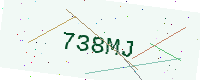
Text: 738MJ